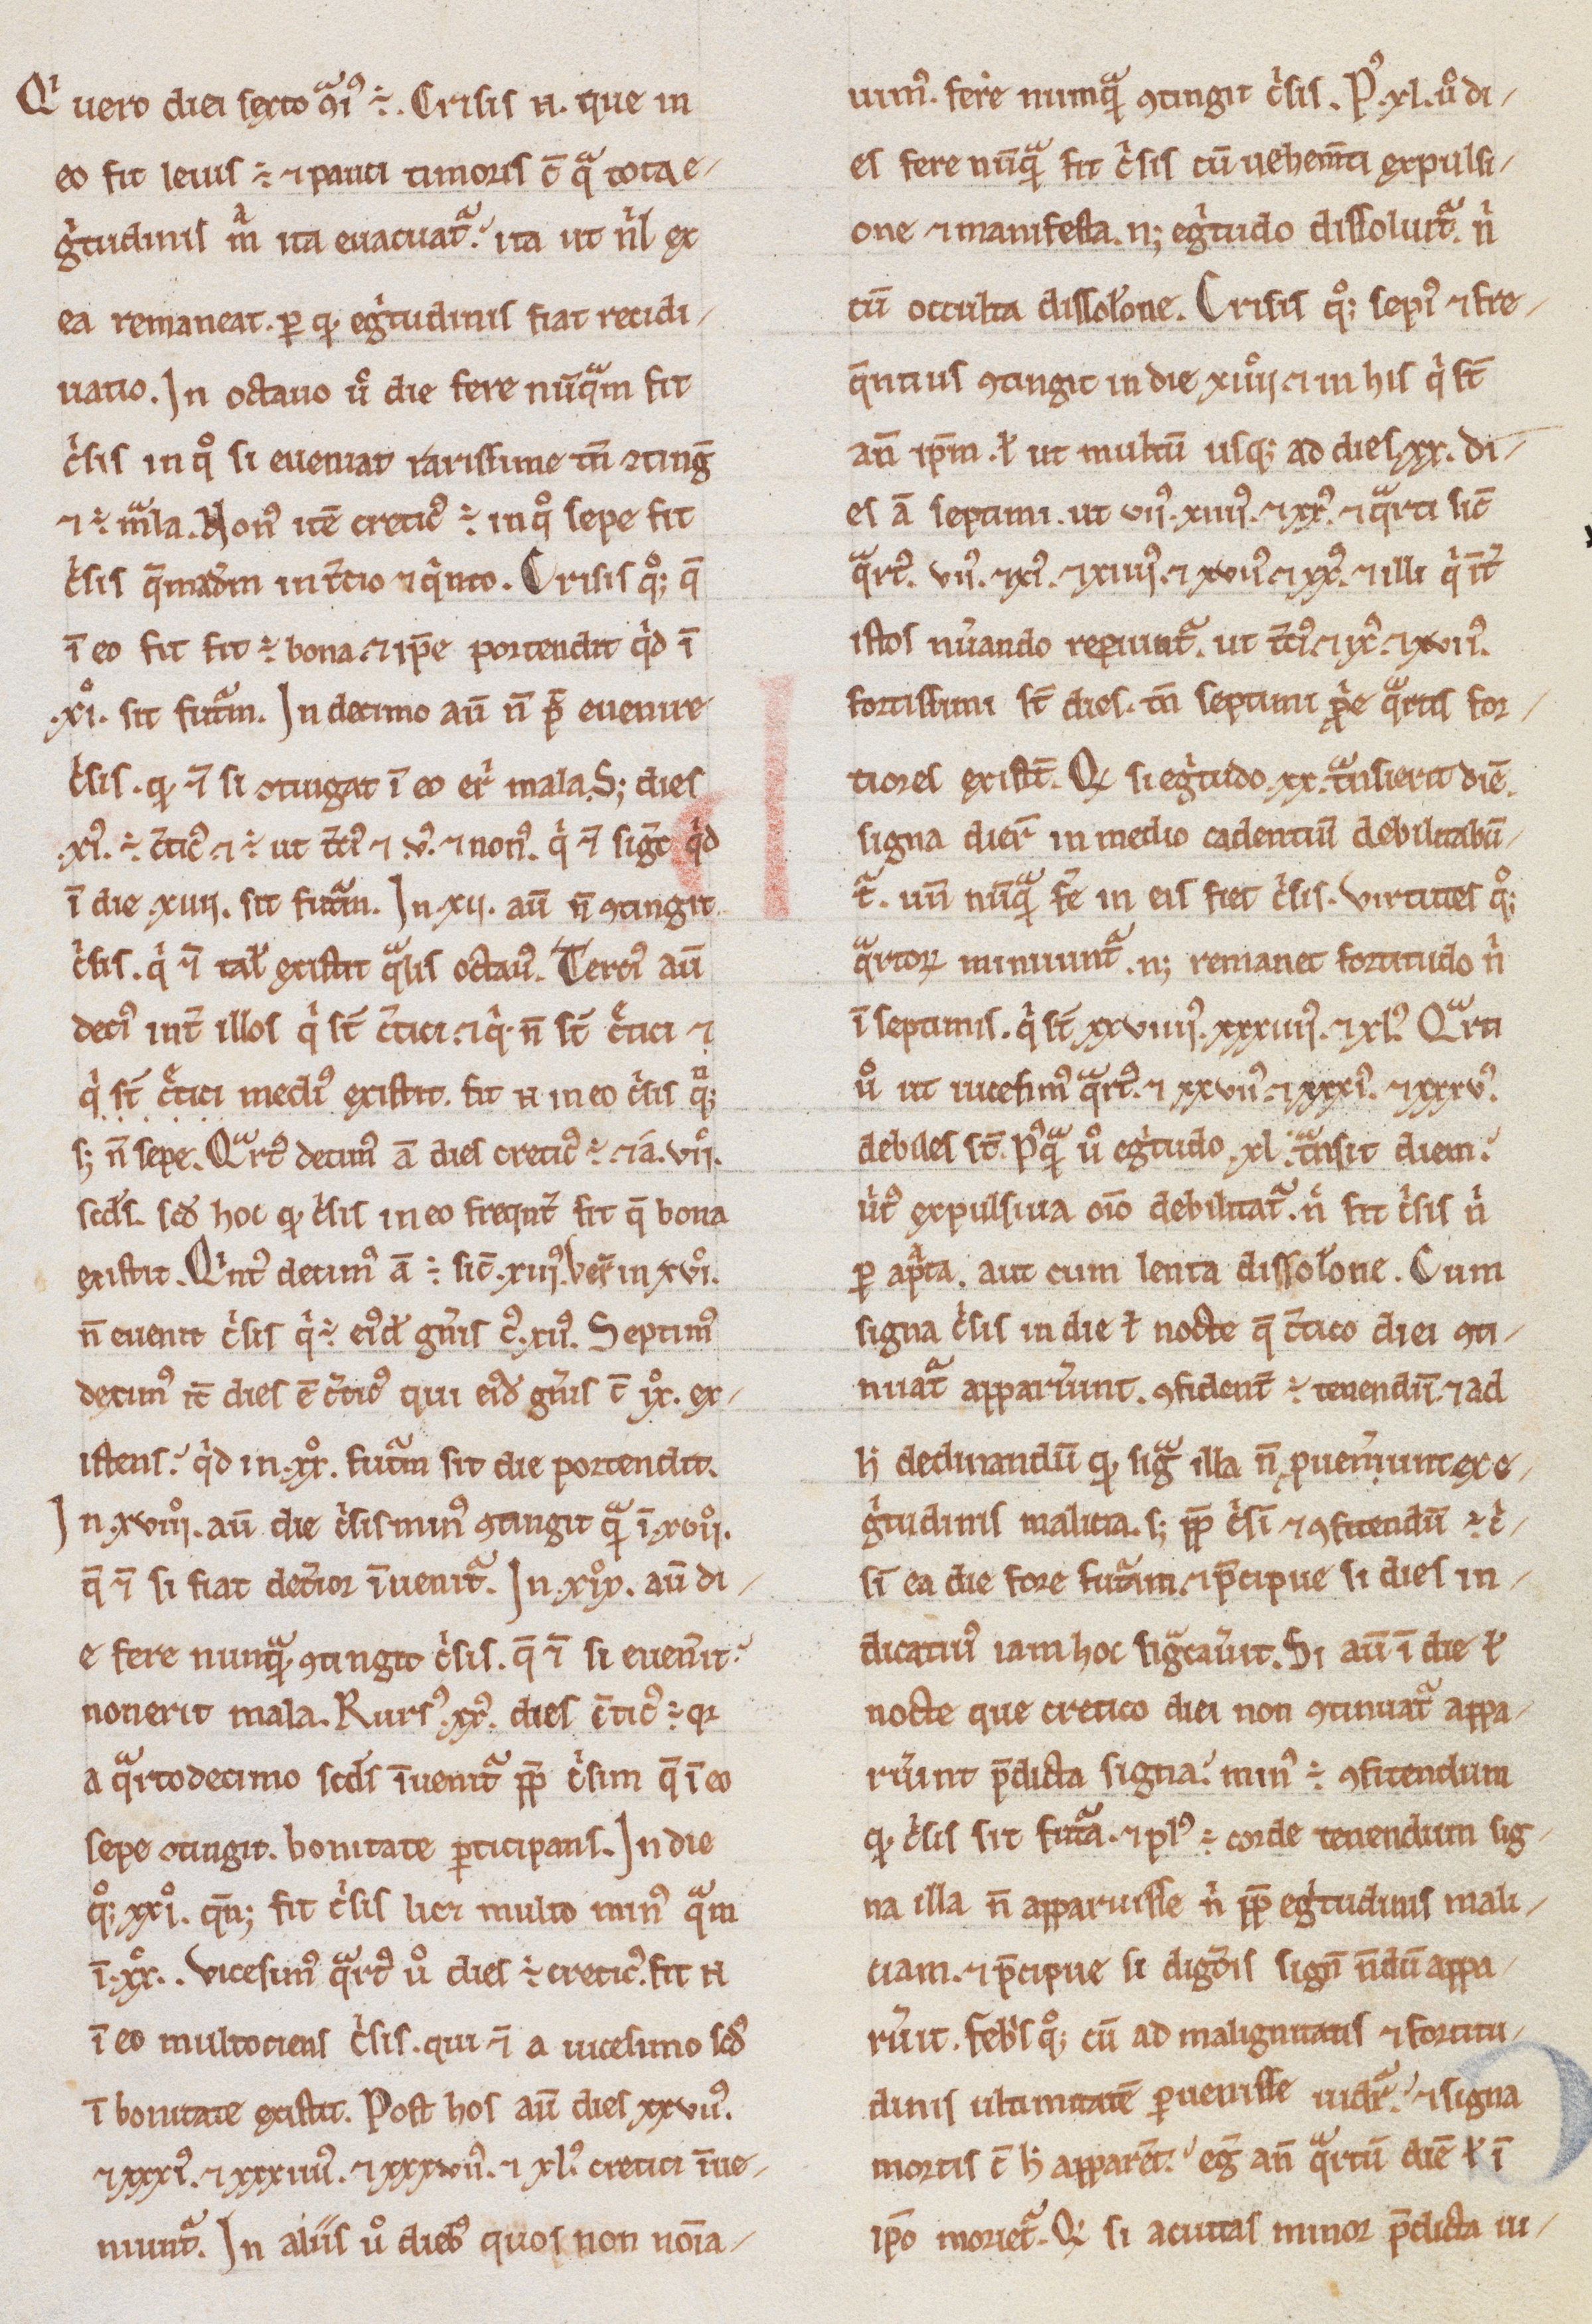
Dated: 1200–1299